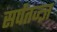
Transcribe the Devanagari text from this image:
सर्पतज्ज्ञ